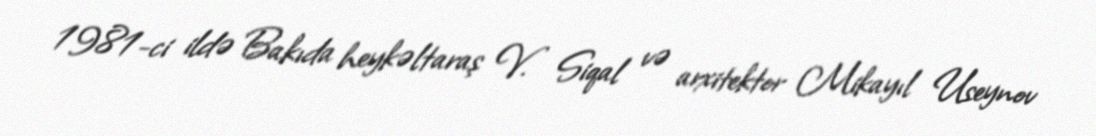
1981-ci ildə Bakıda heykəltaraş V. Siqal və arxitektor Mikayıl Useynov